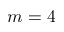
m = 4